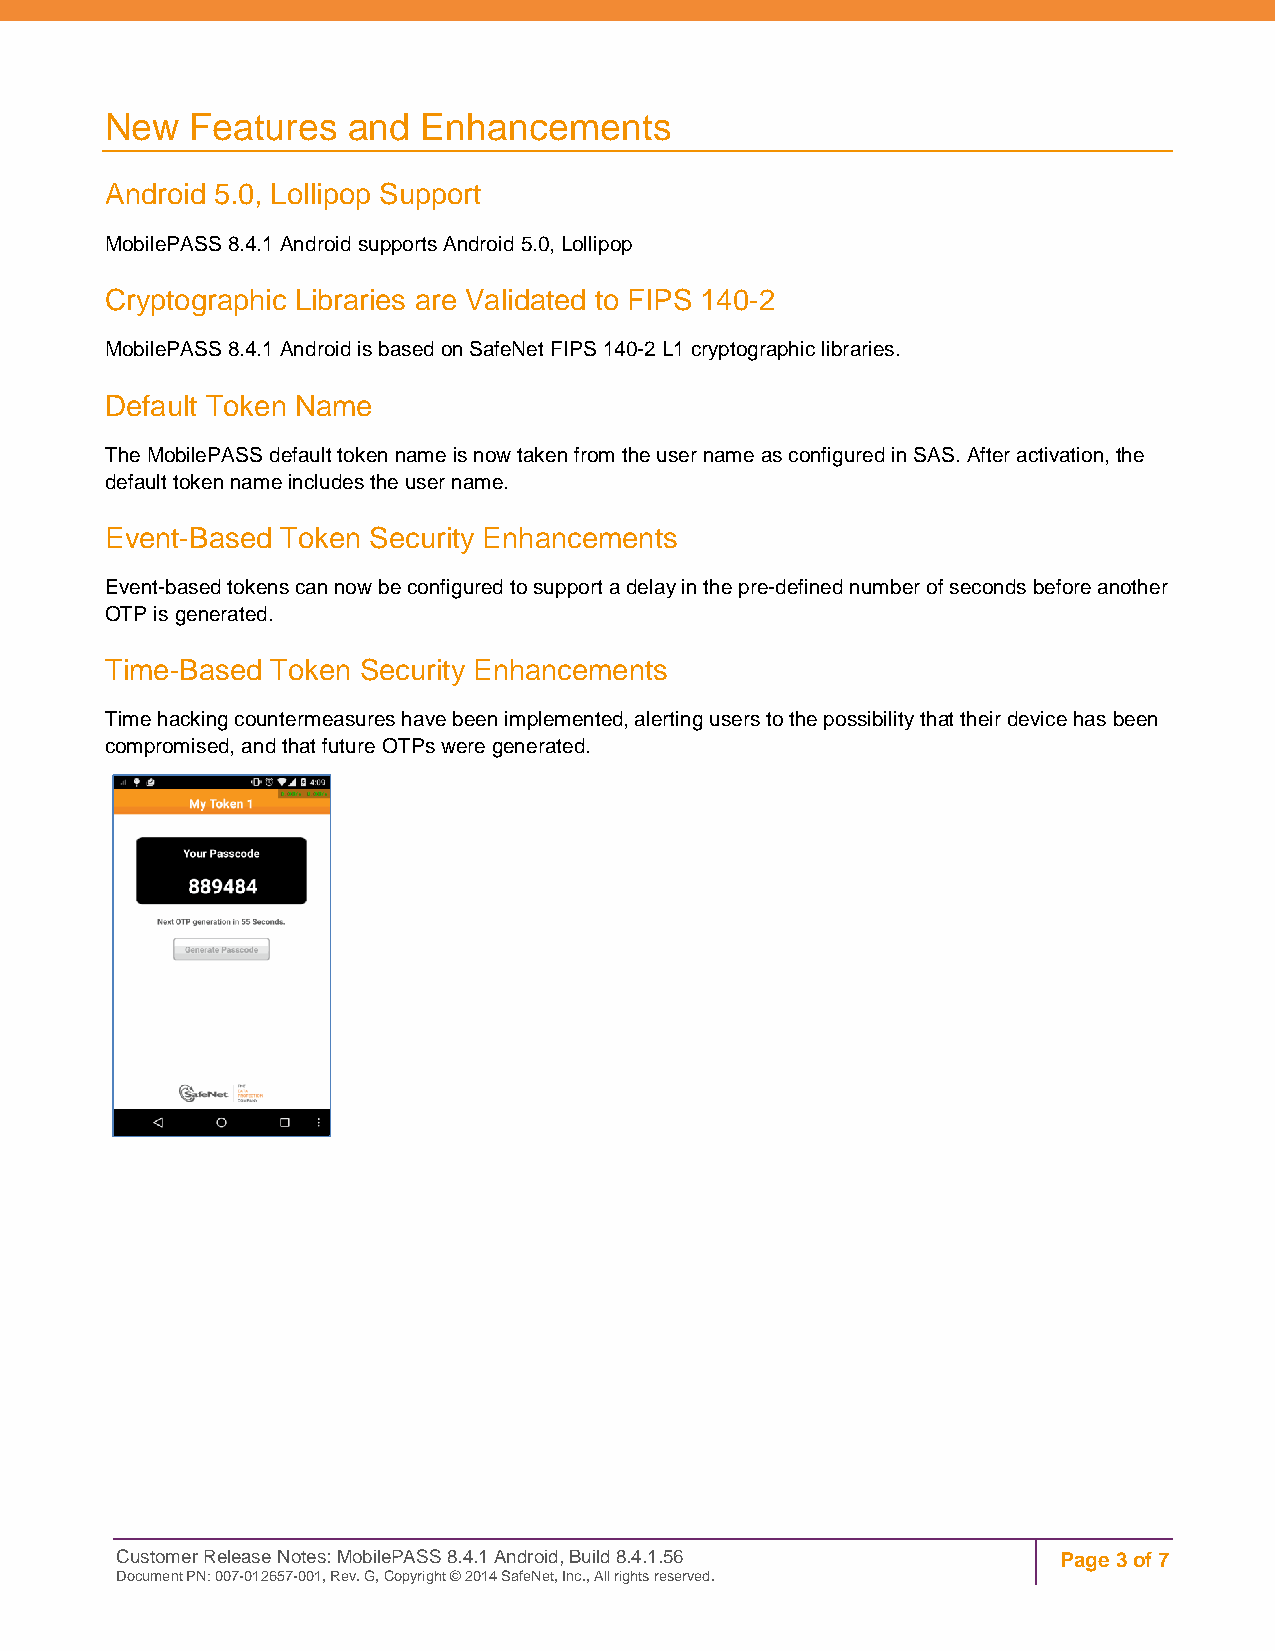
New   Features  and  Enhancements
 Android 5.0, Lollipop Support
 MobilePASS 8.4.1 Android supports Android 5.0, Lollipop
 Cryptographic Libraries are Validated to FIPS 140-2
 MobilePASS 8.4.1 Android is based on SafeNet FIPS 140-2 L1 cryptographic libraries.
 Default Token Name
 The MobilePASS default token name is now taken from the user name as configured in SAS. After activation, the
 default token name includes the user name.
 Event-Based Token Security Enhancements
 Event-based tokens can now be configured to support a delay in the pre-defined number of seconds before another
 OTP is generated.
 Time-Based Token Security Enhancements
 Time hacking countermeasures have been implemented, alerting users to the possibility that their device has been
 compromised, and that future OTPs were generated.
 Customer Release Notes: MobilePASS 8.4.1 Android, Build 8.4.1.56 Page 3 of 7
 Document PN: 007-012657-001, Rev. G, Copyright © 2014 SafeNet, Inc., All rights reserved.